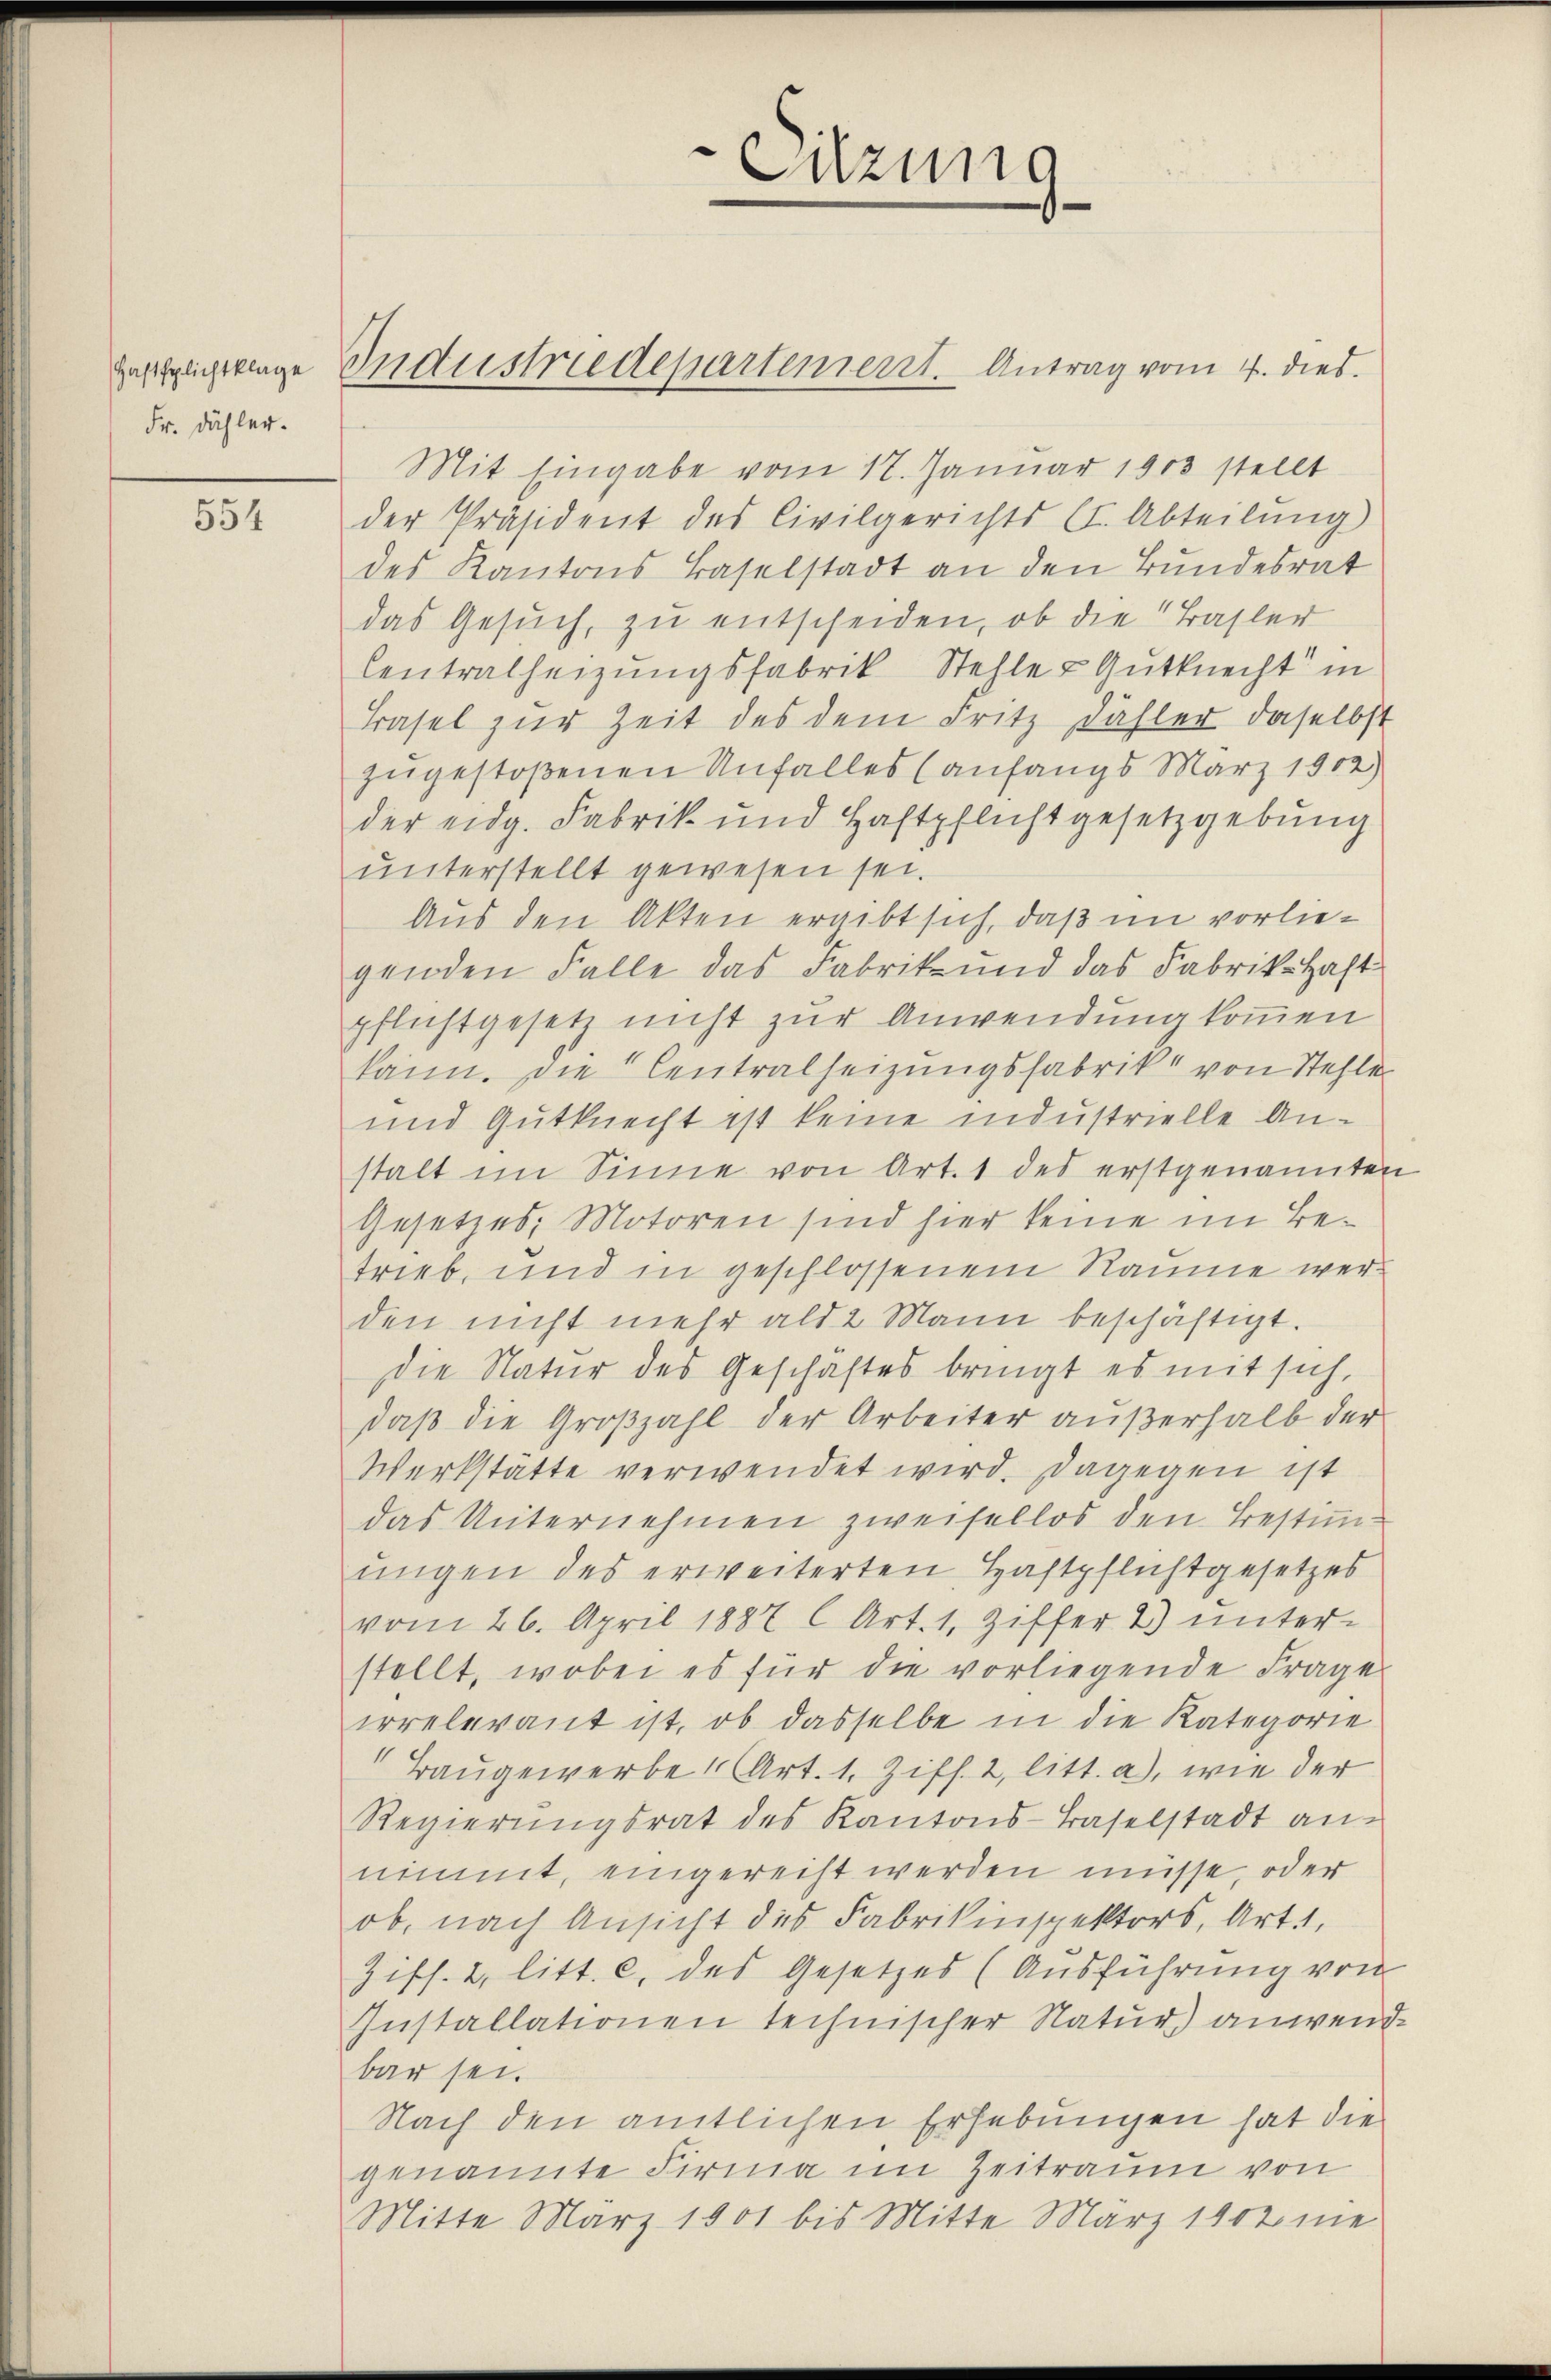
Fr. Dähler.

554

Mit Eingabe vom 17. Januar 1903 stellt
der Präsident des Civilgerichts (I. Abteilung)
des Kantons Baselstadt an den Bundesrat
das Gesŭch, zu entscheiden, ob die Basler
Centralheizŭngsfabrik Stehle & Gutknecht in
Basel zur Zeit des dem Fritz Dähler daselbst
zugestoßenen Unfalles (anfangs März 1902)
der eidg. Fabrik und Haftpflichtgesetzgebung
unterstellt gewesen sei.
Aus den Akten ergibt sich, daß im vorliegenden Falle das Fabrik- und das Fabrik-Haft
pflichtgesetz nicht zur Anwendung kommen
kann. Die Centralheizungsfabrik von Stehle
und Gutknecht ist keine industrielle Anstalt im Sinne von Art. 1 des erstgenannten
Gesetzes, Motoren sind hier keine im Betrieb, und in geschlossenen Räume werden nicht mehr als 2 Mann beschäftigt.
Die Natur des Geschaftes bringt es mit sich,
daß die Großzahl der Arbeiter außerhalb der
Werkstätte verwendet wird. Dagegen ist
das Unternehmen zweifellos den Bestimmungen des erweiterten Haftpflichtgesetzes
vom 26. April 1887 l. Art. 1, Ziffer 2) unter-
stellt, wobei es für die vorliegende Frage
irrelevant ist, ob dasselbe in die Kategorie
" Baugewerbe Art. 1. Ziff. 2, litt. a), wie der
Regierungsrat des Kantons-Baselstadt annimmt, eingerecht werden müsse, oder
ob, nach Ansicht des Fabrikinspektors, Art.,
Ziff. 2, litt. c. des Gesetzes (Ausführung von
Installationen technischer Natur) anwende
bar sei.
Nach den amtlichen Erhebungen hat die
genannte Firma im Zeitraum von
Mitte März 1901 bis Mitte März 1902 nie

Zerglichtlage Industriedepartement. Antrag vom 4. dies.

Sitzung